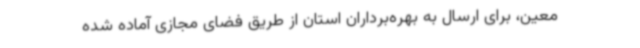
معین، برای ارسال به بهره‌برداران استان از طریق فضای مجازی آماده شده